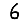
Digit: 6